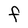
Character: F